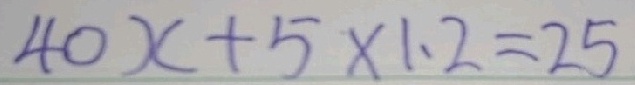
4 0 x + 5 \times 1 . 2 = 2 5